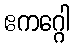
ဧကဂ္ဂေါ